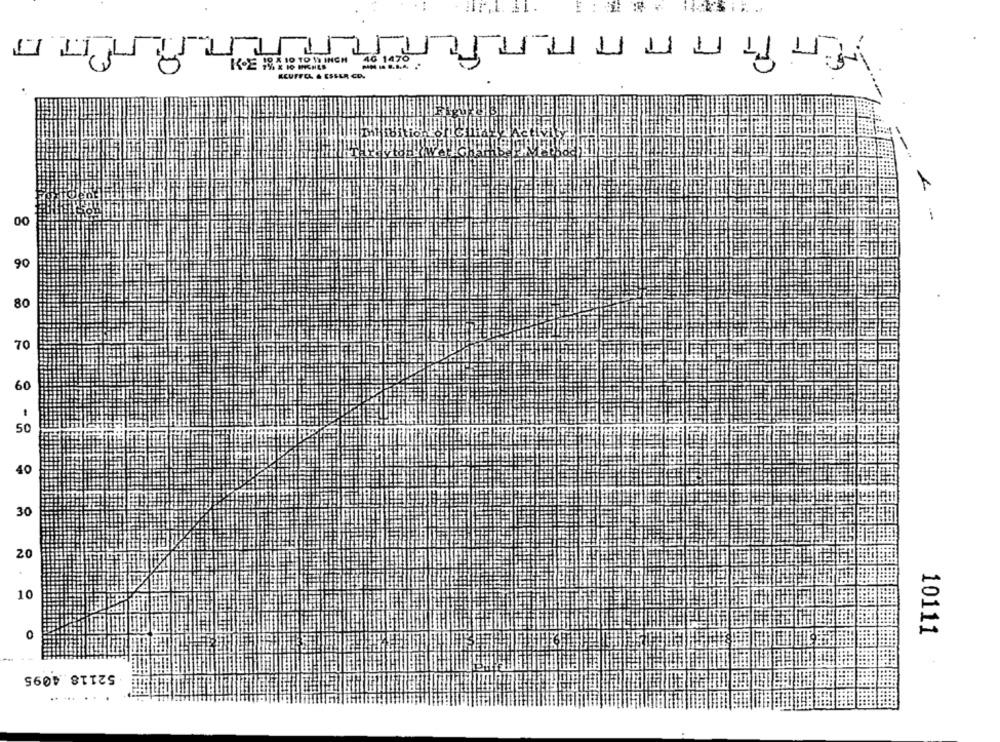
6 14:
X 10 TO 53 INCH
-N . B.8.4.
KEUFFEL & ESSER CD.
00
90
80
70
60
50
40
30
20
10
10111
0
52118.4095